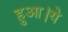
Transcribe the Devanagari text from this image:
हुआ।ये